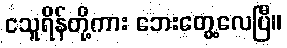
ငသူရိန်တို့ကား ဘေးတွေ့လေပြီ။